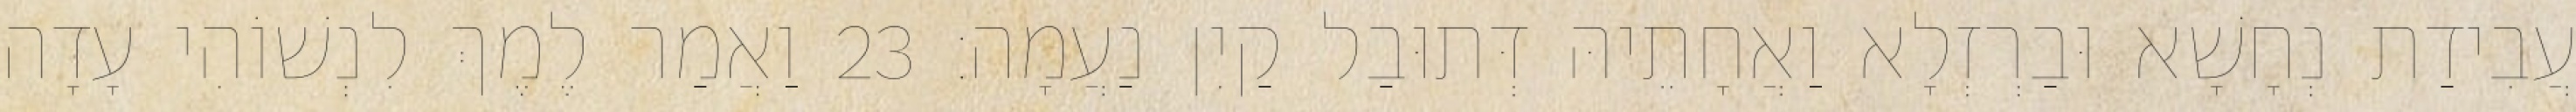
עֲבִידַת נְחָשָׁא וּבַרְזְלָא וַאֲחָתֵיהּ דְּתוּבַל קַיִן נַעֲמָה׃ 23 וַאֲמַר לֶמֶךְ לִנְשׁוֹהִי עָדָה